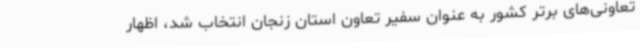
تعاونی‌های برتر کشور به عنوان سفیر تعاون استان زنجان انتخاب شد، اظهار